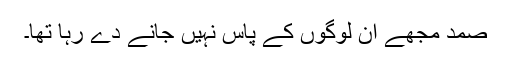
صمد مجھے ان لوگوں کے پاس نہیں جانے دے رہا تھا۔